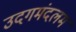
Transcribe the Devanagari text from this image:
उदगमंदलम